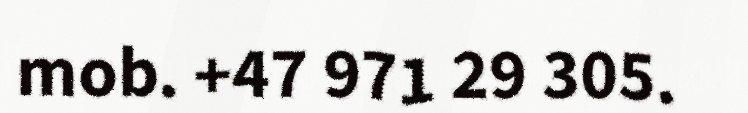
mob. +47 971 29 305.